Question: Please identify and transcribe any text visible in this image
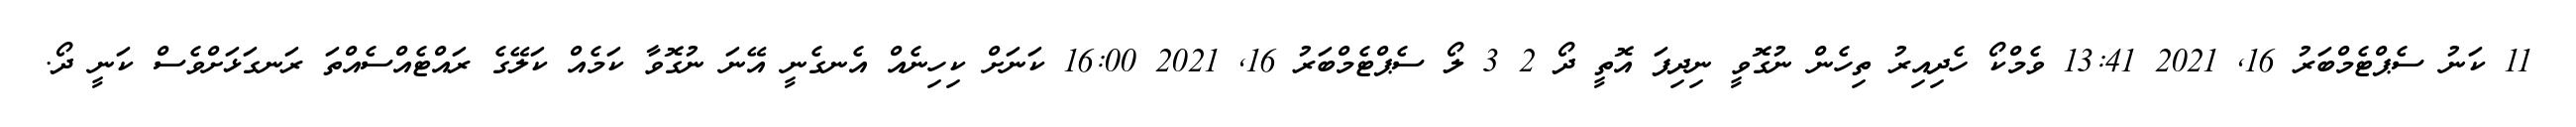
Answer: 11 ކަނު ސެޕްޓެމްބަރު 16, 2021 13:41 ވެމްކޯ ހެދިއިރު ތިހެން ނުގޮވީ ނިދިފަ އޮތީ ދޯ 2 3 ލޯ ސެޕްޓެމްބަރު 16, 2021 16:00 ކަނަށް ކިހިނެއް އެނގެނީ އޭނަ ނުގޮވާ ކަމެއް ކަލޭގެ ރައްޓެއްސެއްތަ ރަނގަޅަށްވެސް ކަނީ ދޯ.